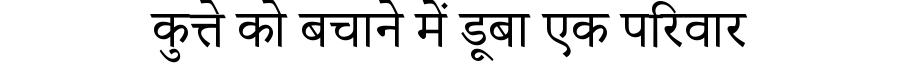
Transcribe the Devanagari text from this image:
कुत्ते को बचाने में डूबा एक परिवार